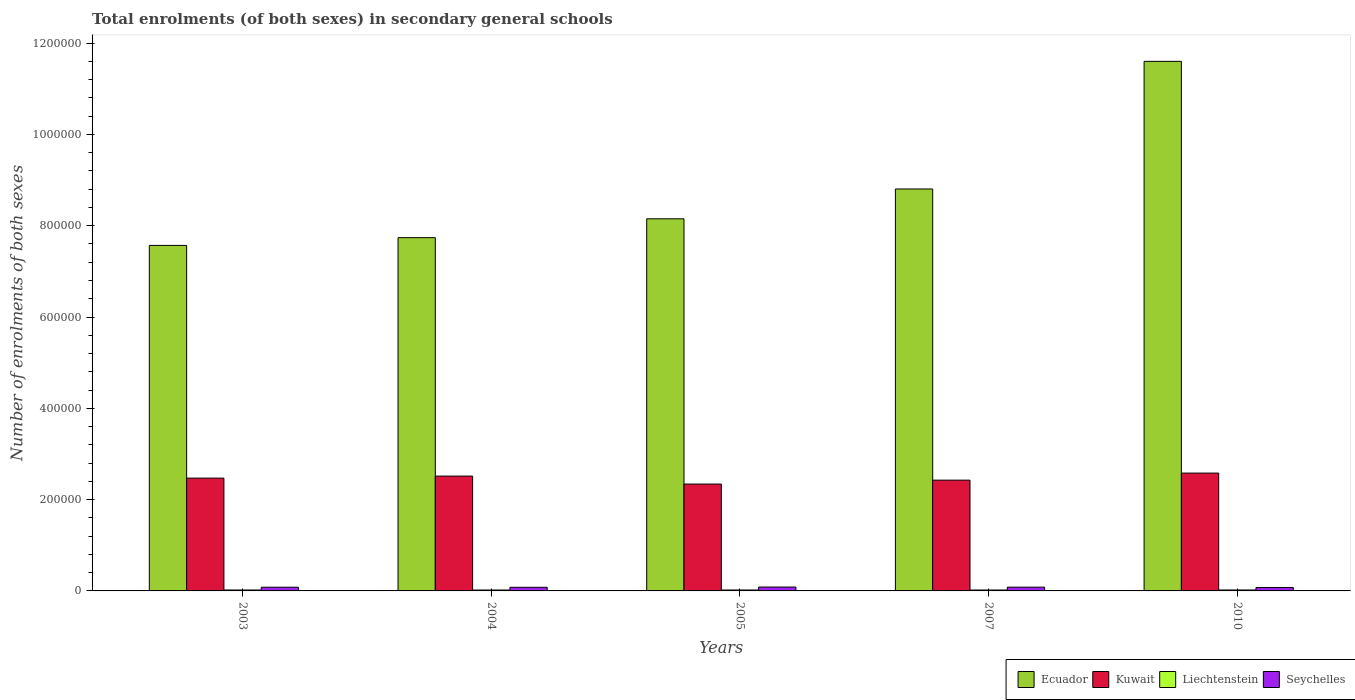
| Years | Ecuador | Kuwait | Liechtenstein | Seychelles |
 | --- | --- | --- | --- | --- |
 | 2003 | 7.57e+05 | 2.47e+05 | 2.03e+03 | 8.14e+03 |
 | 2004 | 7.74e+05 | 2.52e+05 | 1.98e+03 | 7.96e+03 |
 | 2005 | 8.15e+05 | 2.34e+05 | 2.05e+03 | 8.5e+03 |
 | 2007 | 8.8e+05 | 2.43e+05 | 2.01e+03 | 8.23e+03 |
 | 2010 | 1.16e+06 | 2.58e+05 | 2.07e+03 | 7.55e+03 |